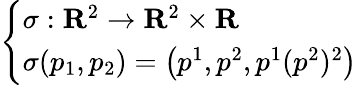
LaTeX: \left\{ \begin{array}{ll}{\sigma:\mathbf{R}^{2}\to\mathbf{R}^{2}\times\mathbf{R}}\\ {\sigma(p_{1},p_{2})=\left(p^{1},p^{2},p^{1}(p^{2})^{2}\right)}\end{array}\right.